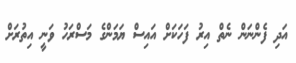
އަދި ފެންނަން ނެތް އިރު ފަހަކަށް އައިސް ޔަމަންގެ މަސްރަހު ވަނީ އިތުރަށް